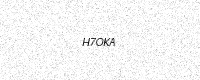
Text: H7OKA